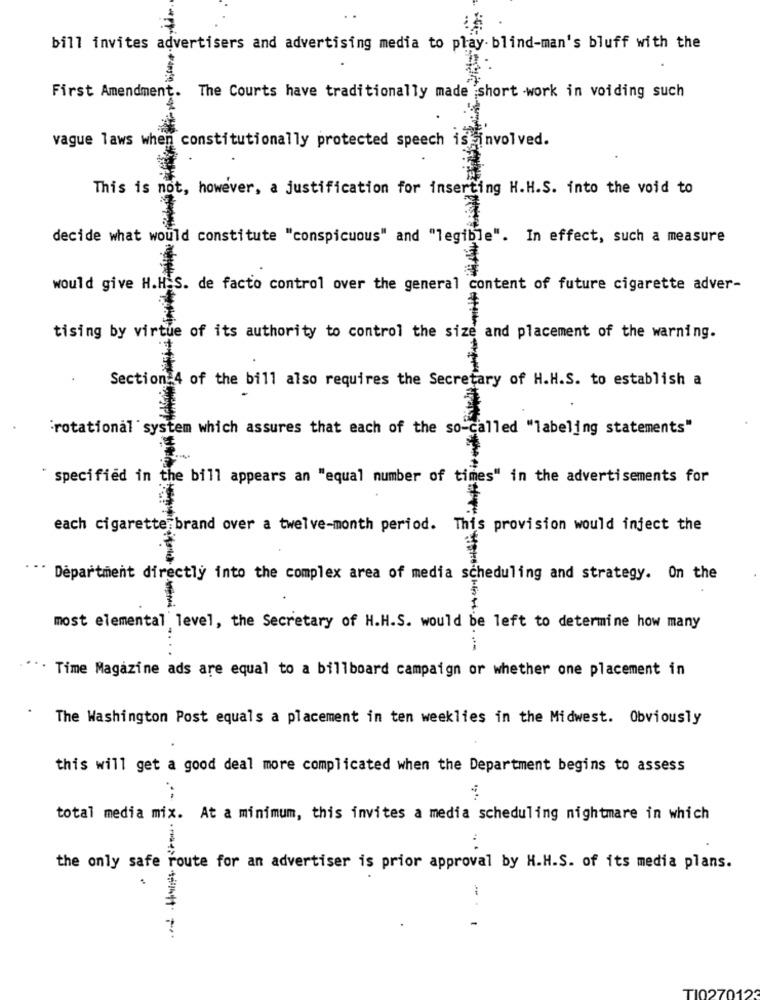
bill invites advertisers and advertising media to play- blind-man's bluff with the
First Amendment. The Courts have traditionally made short work in voiding such
vague laws when constitutionally protected speech is involved.
This is not, however, a justification for inserting H.H.S. into the void to
decide what would constitute "conspicuous" and "legible". In effect, such a measure
would give H.H.S. de facto control over the general content of future cigarette adver-
tising by virtue of its authority to control the size and placement of the warning.
Section 4 of the bill also requires the Secretary of H.H.S. to establish a
"rotational system which assures that each of the so-called "labeling statements"
specified in the bill appears an "equal number of times" in the advertisements for
each cigarette brand over a twelve-month period. This provision would inject the
" Department directly into the complex area of media scheduling and strategy. On the
most elemental level, the Secretary of H.H.S. would be left to determine how many
". Time Magazine ads are equal to a billboard campaign or whether one placement in
The Washington Post equals a placement in ten weeklies in the Midwest. Obviously
this will get a good deal more complicated when the Department begins to assess
total media mix. At a minimum, this invites a media scheduling nightmare in which
.. .
the only safe route for an advertiser is prior approval by H.H.S. of its media plans.
TI02701